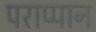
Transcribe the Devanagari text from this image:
पराप्पान